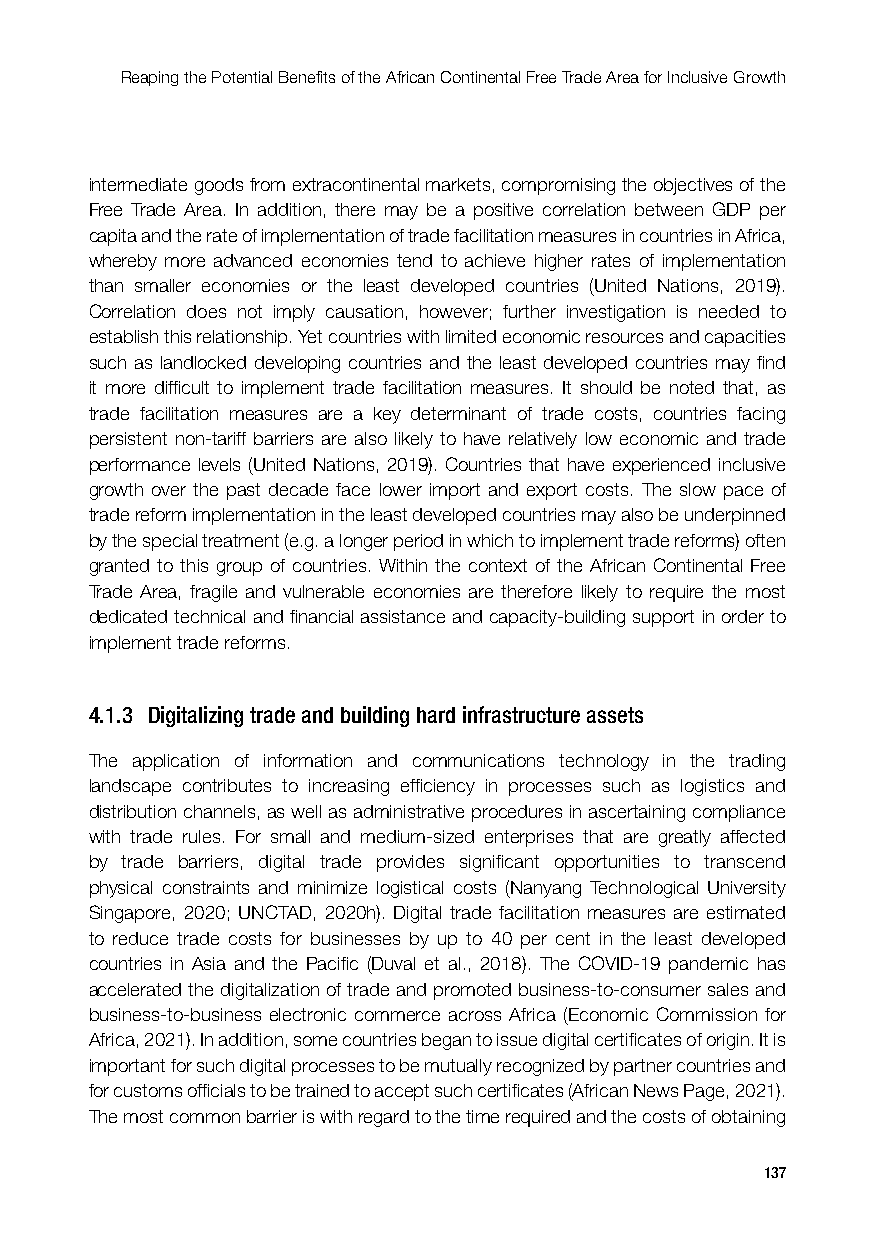
Reaping the Potential Benefits of the African Continental Free Trade Area for Inclusive Growth
 intermediate goods from extracontinental markets, compromising the objectives of the
 Free Trade Area. In addition, there may be a positive correlation between GDP per
 capita and the rate of implementation of trade facilitation measures in countries in Africa,
 whereby more advanced economies tend to achieve higher rates of implementation
 than smaller economies or the least developed countries (United Nations, 2019).
 Correlation does not imply causation, however; further investigation is needed to
 establish this relationship. Yet countries with limited economic resources and capacities
 such as landlocked developing countries and the least developed countries may find
 it more difficult to implement trade facilitation measures. It should be noted that, as
 trade facilitation measures are a key determinant of trade costs, countries facing
 persistent non-tariff barriers are also likely to have relatively low economic and trade
 performance levels (United Nations, 2019). Countries that have experienced inclusive
 growth over the past decade face lower import and export costs. The slow pace of
 trade reform implementation in the least developed countries may also be underpinned
 by the special treatment (e.g. a longer period in which to implement trade reforms) often
 granted to this group of countries. Within the context of the African Continental Free
 Trade Area, fragile and vulnerable economies are therefore likely to require the most
 dedicated technical and financial assistance and capacity-building support in order to
 implement trade reforms.
 4.1.3 Digitalizing trade and building hard infrastructure assets
 The application of information and communications technology in the trading
 landscape contributes to increasing efficiency in processes such as logistics and
 distribution channels, as well as administrative procedures in ascertaining compliance
 with trade rules. For small and medium-sized enterprises that are greatly affected
 by trade barriers, digital trade provides significant opportunities to transcend
 physical constraints and minimize logistical costs (Nanyang Technological University
 Singapore, 2020; UNCTAD, 2020h). Digital trade facilitation measures are estimated
 to reduce trade costs for businesses by up to 40 per cent in the least developed
 countries in Asia and the Pacific (Duval et al., 2018). The COVID-19 pandemic has
 accelerated the digitalization of trade and promoted business-to-consumer sales and
 business-to-business electronic commerce across Africa (Economic Commission for
 Africa, 2021). In addition, some countries began to issue digital certificates of origin. It is
 important for such digital processes to be mutually recognized by partner countries and
 for customs officials to be trained to accept such certificates (African News Page, 2021).
 The most common barrier is with regard to the time required and the costs of obtaining
 137